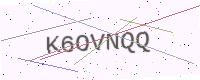
Text: K6OVNQQ